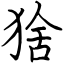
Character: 猞